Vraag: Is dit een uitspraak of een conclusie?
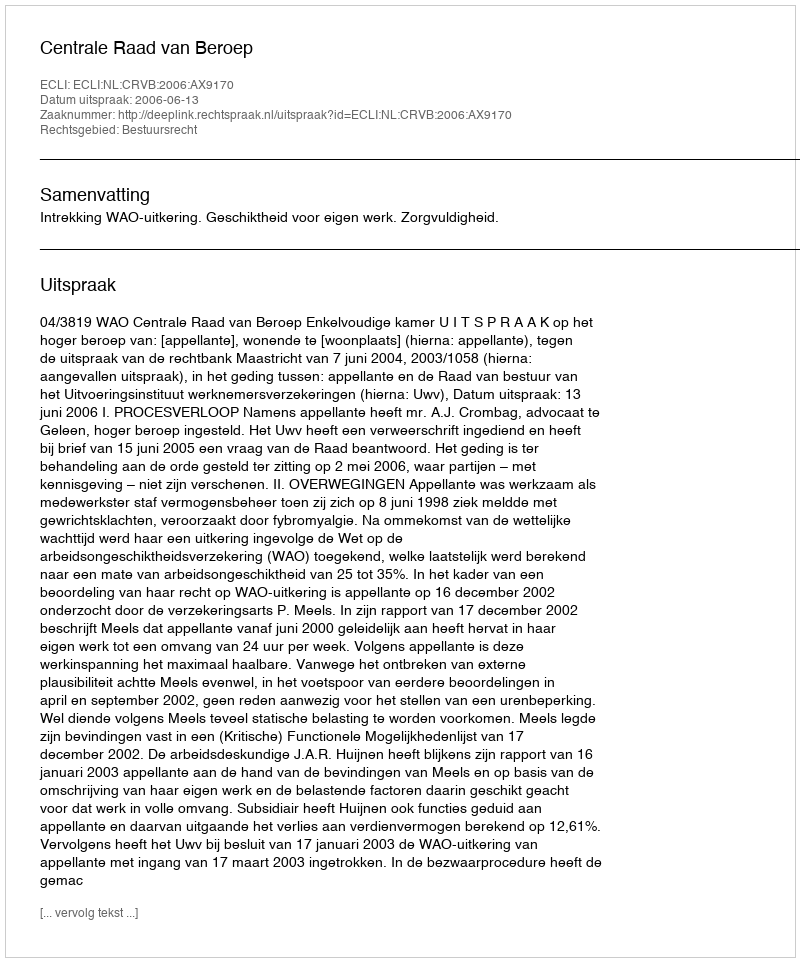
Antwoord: Uitspraak